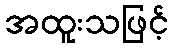
အထူးသဖြင့်